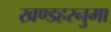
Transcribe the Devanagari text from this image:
खण्डहरनुमा